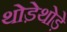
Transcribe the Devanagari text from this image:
थोडे़थोड़े